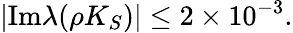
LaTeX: |\mathrm{Im}\lambda(\rho K_{S})|\leq 2\times 10^{-3}.